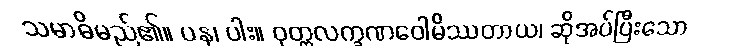
သမာဓိမည်၏။ ပန၊ ပါး။ ဝုတ္တလက္ခဏဝေါမိဿတာယ၊ ဆိုအပ်ပြီးသော